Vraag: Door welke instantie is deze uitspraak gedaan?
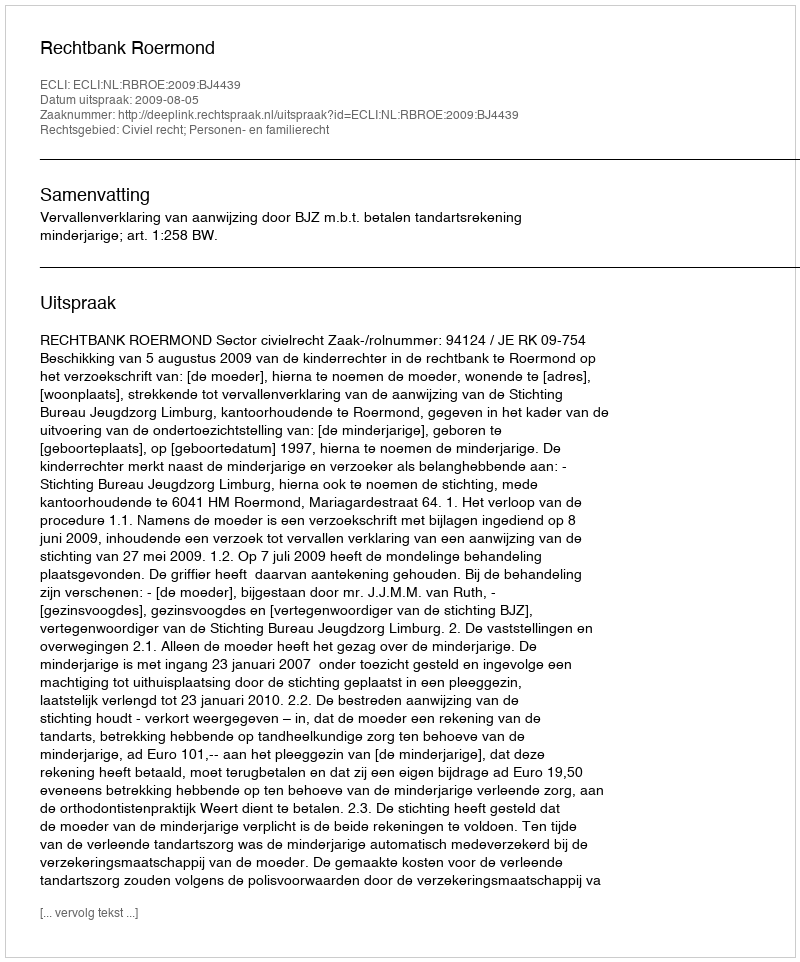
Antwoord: Rechtbank Roermond